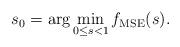
LaTeX: \begin{align*} \begin{aligned} s_0=\arg \min_{0 \le s <1}f_{\rm MSE}(s). \end{aligned}\end{align*}